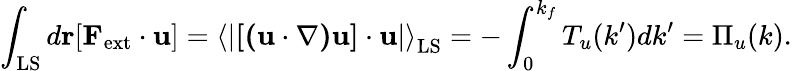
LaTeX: \int_{\mathrm{LS}}d{\mathbf r}[{\mathbf F}_{\mathrm{ext}}\cdot{\mathbf u}]=\left\langle{\lvert\mathbf{[(u\cdot\nabla)u]\cdot u}\rvert}\right\rangle_{\mathrm{LS}}=-\int_{0}^{k_{f}}T_{u}(k^{\prime})dk^{\prime}=\Pi_{u}(k).